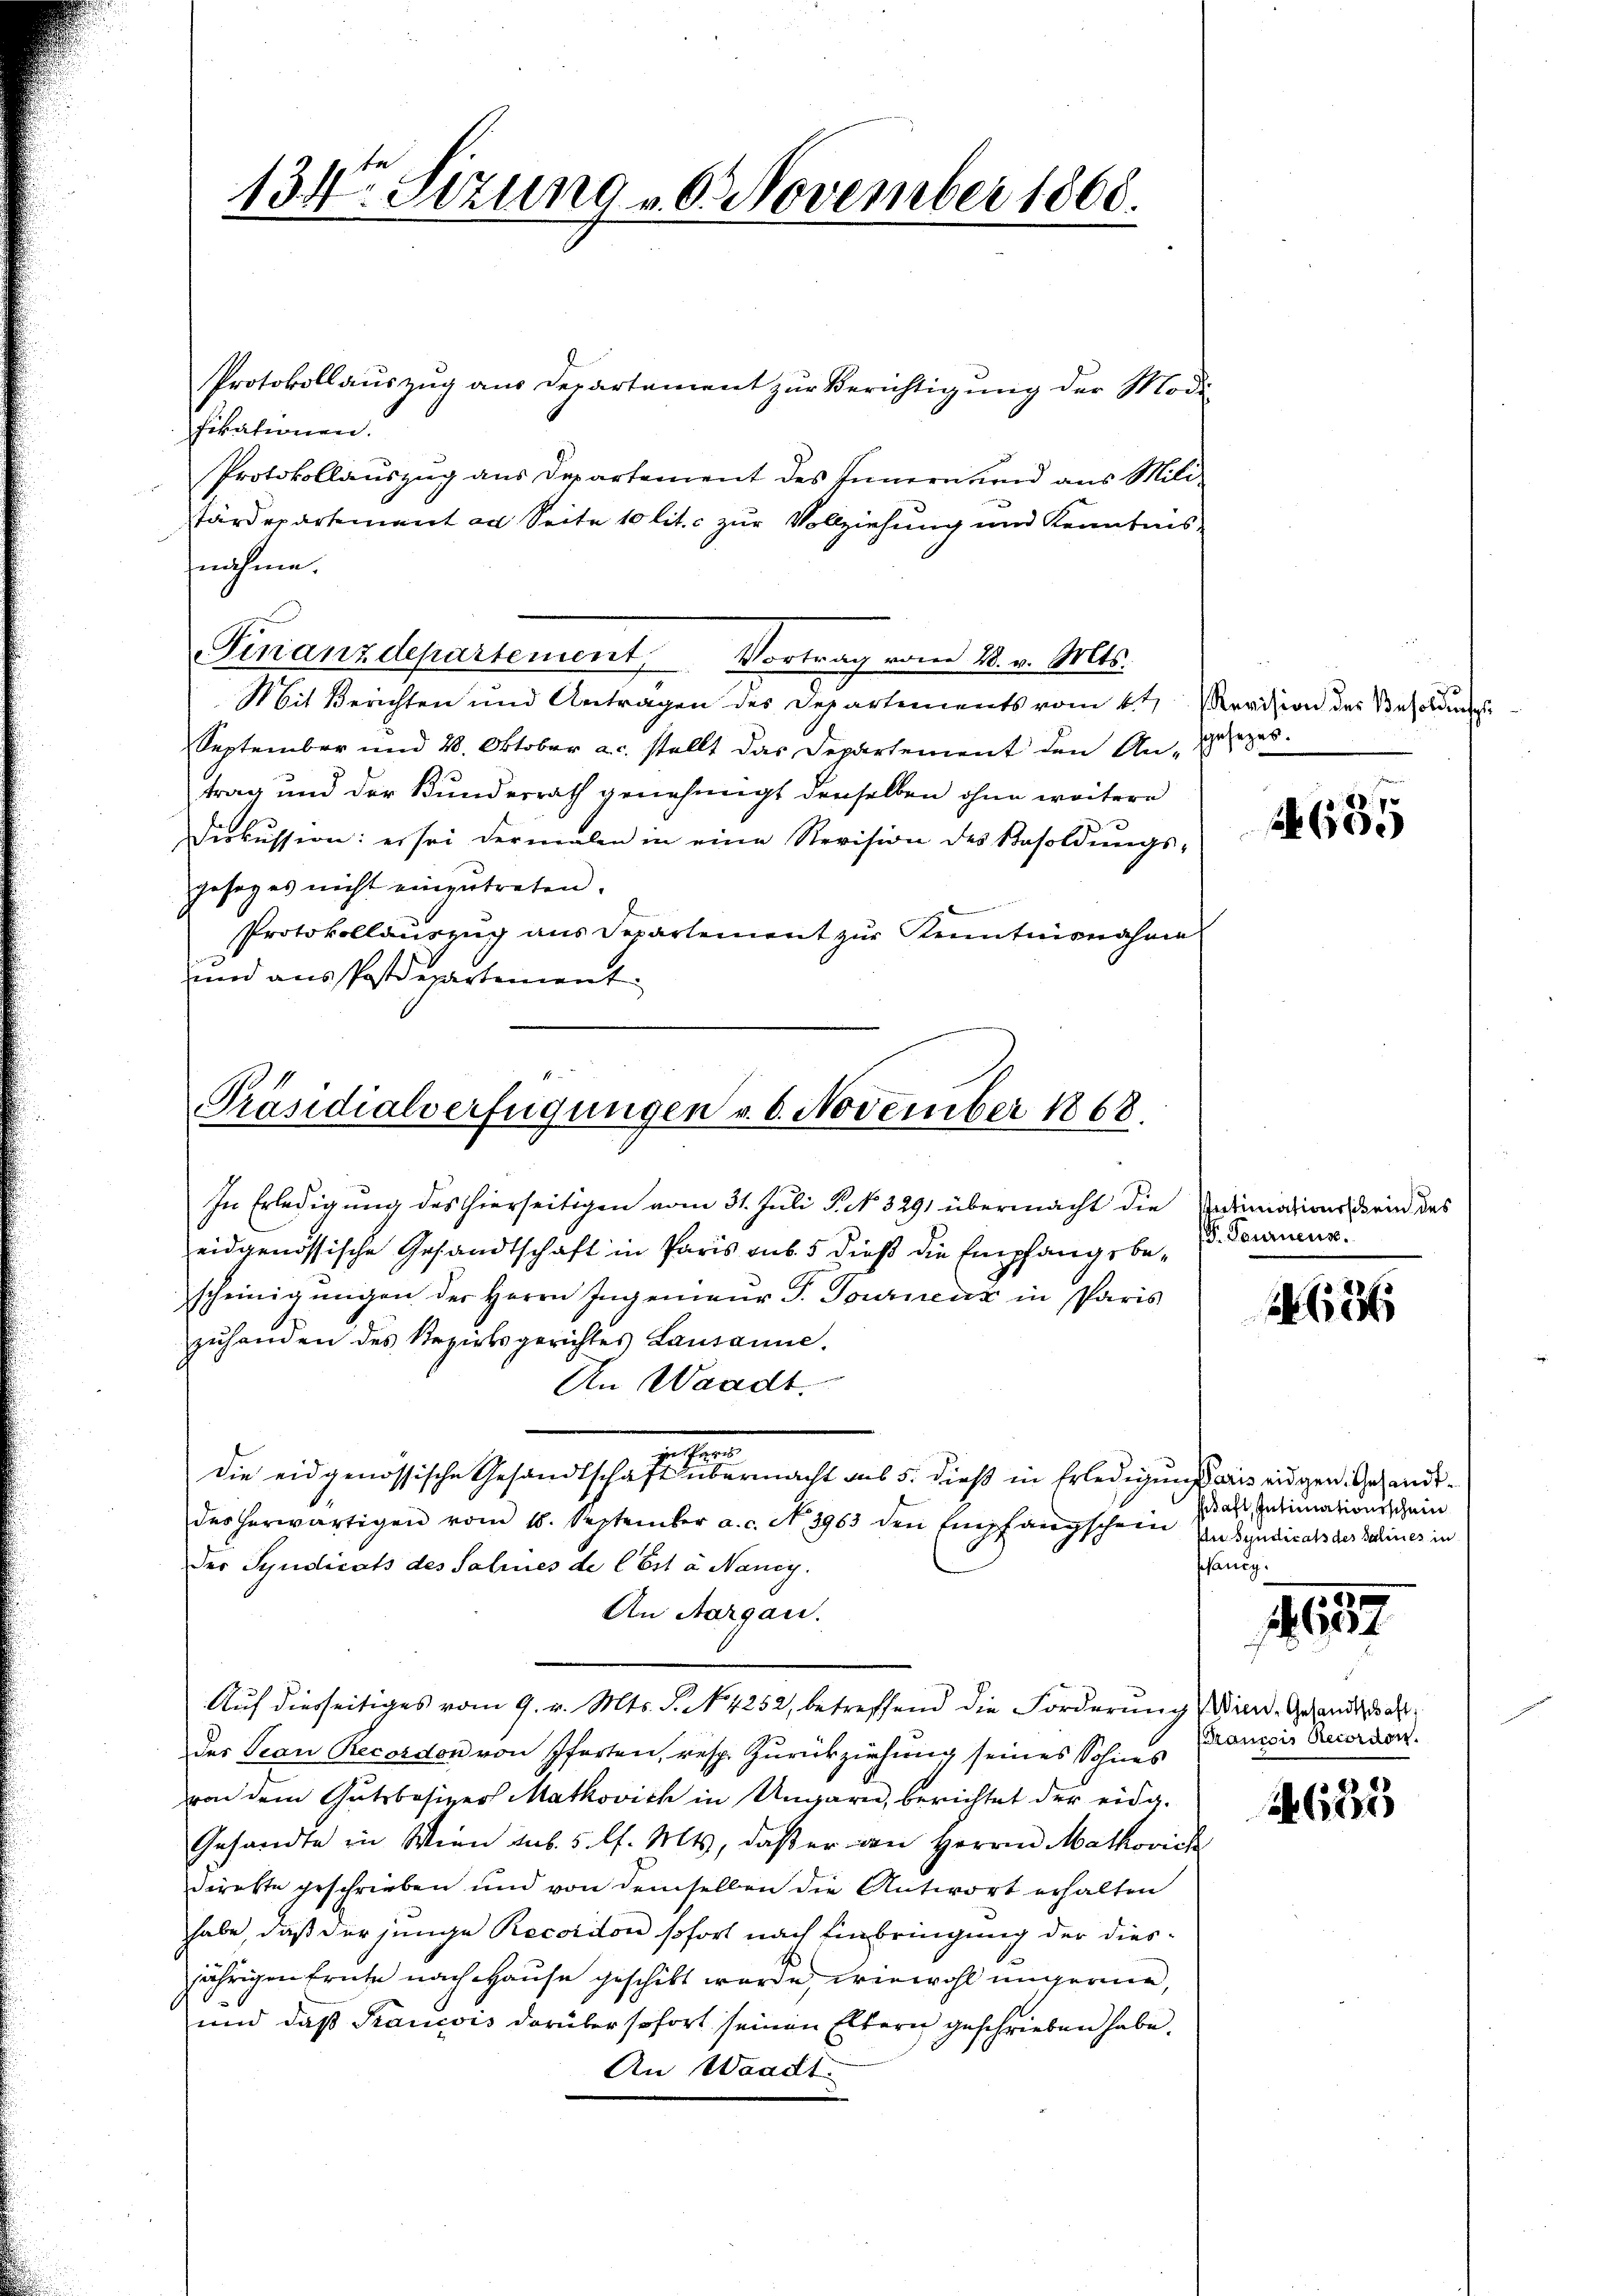
134. Sitzung 10. November 1868.

Protokollauszug aus Departament zur Berichtigung der Modi
fikationen.
Protokollauszug aus Departement des Innern und aus Mili-
Färdepartement an Seite 10 lit. c zur Vollziehung und Kenntnis
fnahme.
Mit Berichten und Antragen des Departements vom 4ten Revision des Besoldung
September und 28. Oktober a.c. stellt das Departement den Angesezestrag und der Bundesrath genehmigt denselben ohne weitere
Diskussion: er sei dermalen in eine Revision des Besoldŭngs-
gesages nicht einzutreten.
Protokollauszug aus Departement zur Kenntnisnahme
und aus Postdepartement

Finanzdepartement, Vortrag vom 28. v. Mts.

Präsidialverfügungen v. 6. November 1868.

71

In Erledigung des hierseitigen vom 31. Juli P. No. 3291 übermacht die Redinations ein des
eidgenössische Gesandtschaft in Paris sub. 5 dieß die Empfangsbescheinigŭngen der Herrn Ingenieŭr T. Tournenz in sparis
zuhanden des Bezirksgerichtes Lausanne.
An Waadt.
die eidgenössische Gesandtschaft übermacht aus 5. dieß in Erledigung aus eidgen. Gesandtdes herwärtigen vom 18. September a. c. No. 3963 den Empfangschein Zusyndicals der Schines in
der Syndicats des Salines de l. Est à Nancy.
An Aargau.
Auf diesseitiges vom 9. v. Mts. S. No. 4252, betreffend die Forderung sind. Gesandtschaft
des Tean Recordon von Pferten, resp. Zurückziehung seines Sohnes
von dem Gutsbesizer Matkovich in Ungarn, berichtet der eidg.
Gesandte in Wien aus. 5 l. Mts, daß er an Herrn Mathovich
direkte geschrieben und von demselben die Antwort erhalten
habe, daß der junge Recordon sofort nach Einbringung der diesjährigen frühe nach Hause geschikt wurde, wie wohl ungerne,
und daß Krancois darüber sofort seinen Eltern geschrieben habe.
An Waadt.

665

P. Paurnens.

12

Pitaft Intimationsschein
phänig.

465

Brancois Recordon.

f 2
A